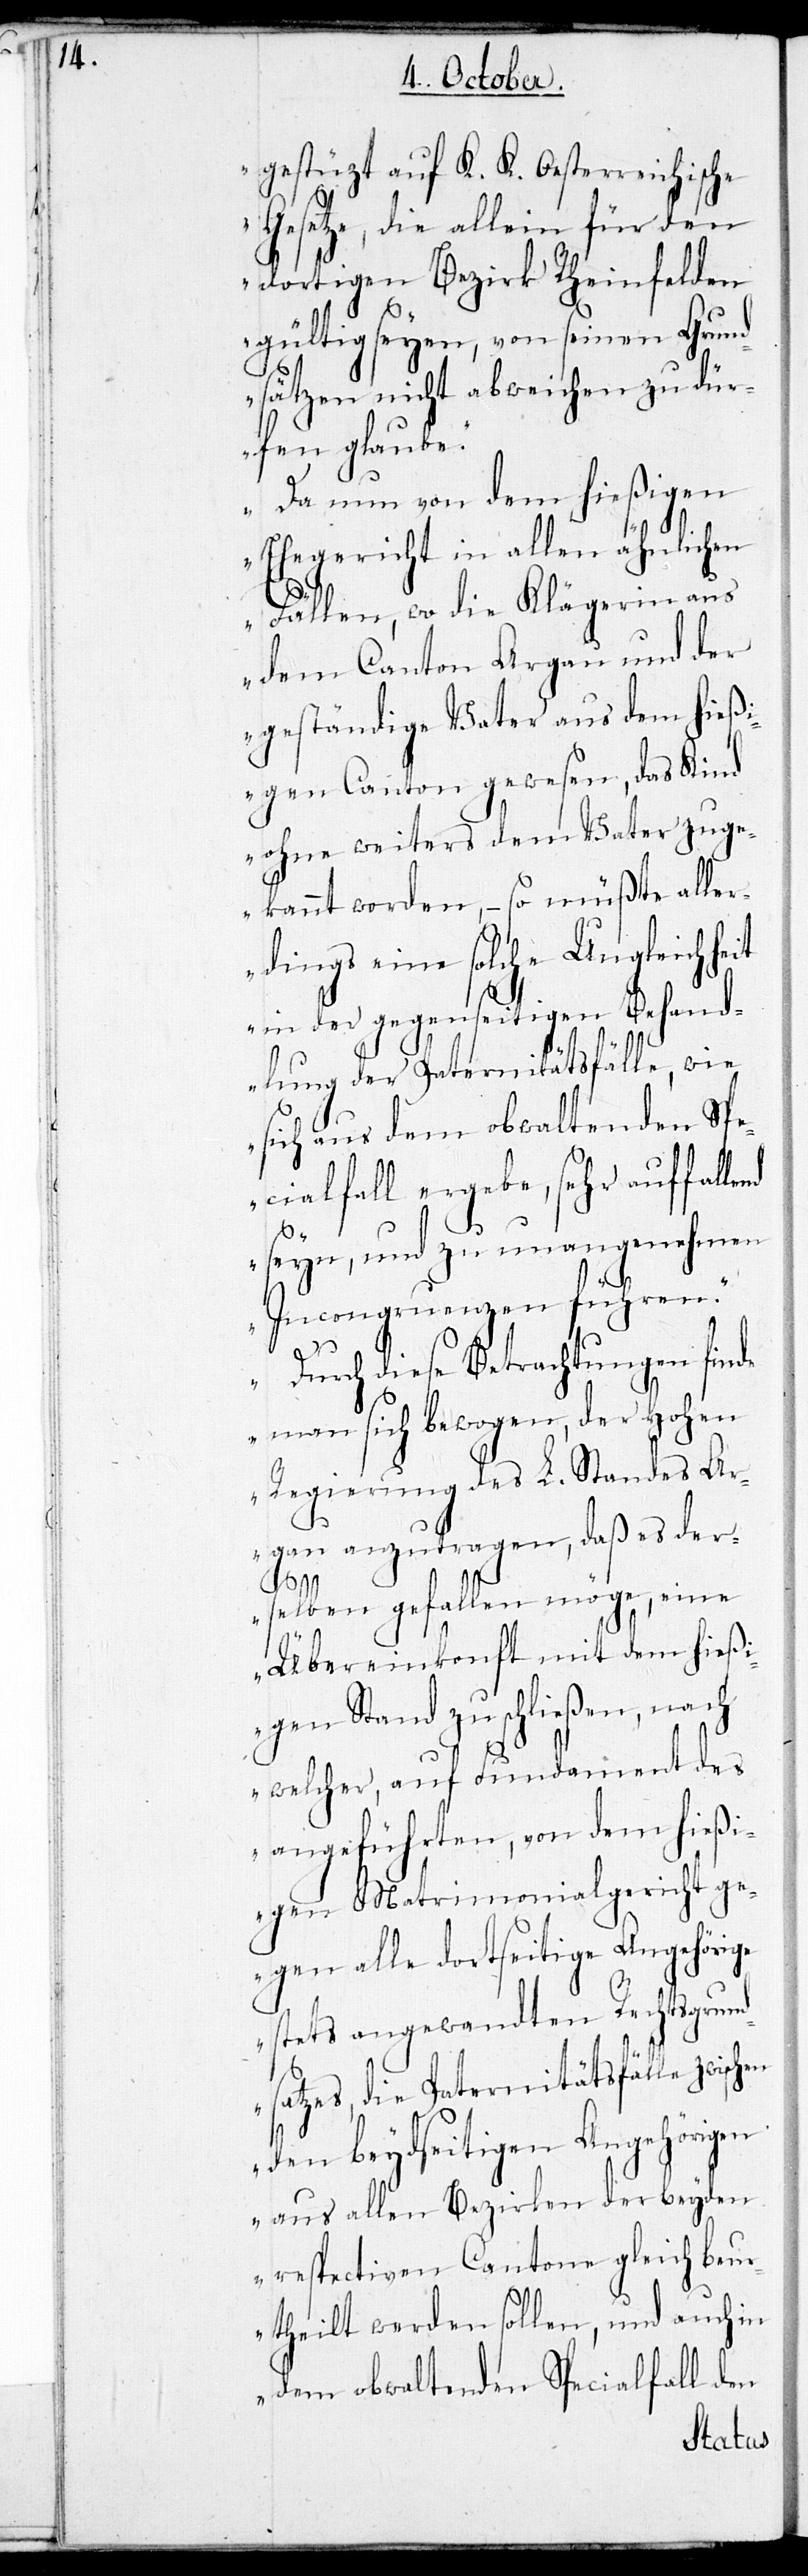
gestüzt auf K. K. Oesterreichische
Gesetze, die allein für den
dortigen Bezirk Rheinfelden
gültig seyen, von seinen Grund¬
sätzen nicht abweichen zu dür¬
fen glaube.
Da nun von dem hießigen
Ehegericht in allen ähnlichen
nd
Fällen, wo die Klägerin aus
dem Canton Aargau und der
geständige Vater aus dem hieß¬
igen Canton gewesen, das Kind
ohne weiters dem Vater zuge¬
kannt worden, – so müßte aller¬
dings eine solche Ungleichheit
in der gegenseitigen Behand¬
lung der Paternitätsfälle, wie
sich aus dem obwaltenden Sp¬
ecialfall ergebe, sehr auffalle¬
seyn, und zu unangenehmen
Incongruenzen führen.
Durch diese Betrachtungen find¬
e man sich bewogen, der Hohen
Regierung des L. Standes Aa¬
rgau anzutragen, daß es der¬
selben gefallen möge, eine
Übereinkonft mit dem hießi¬
gen Stand zu schließen, nach
welcher, auf Fundament des
angeführten, von dem hießi¬
gen Matrimonialgericht ge¬
gen alle dortseitige Angehörige
stets angewandten Rechtsgrund¬
satzes, die Paternitätsfälle zwischen
den beydseitigen Angehörigen
aus allen Bezirken der beyden
respectiven Cantone gleich beu¬
rtheilt werden sollen, und auch in
dem obwaltenden Specialfall den